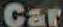
Car